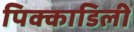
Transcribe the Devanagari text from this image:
पिक्काडिली